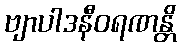
ဗျာပါဒနီဝရဏန္တိ